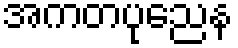
အကတပုညေန